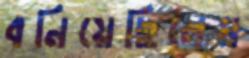
বনিয়েছিলেম